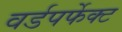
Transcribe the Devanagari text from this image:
वर्डपर्फेक्ट